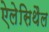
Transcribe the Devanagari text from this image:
ऐलेसिथैल